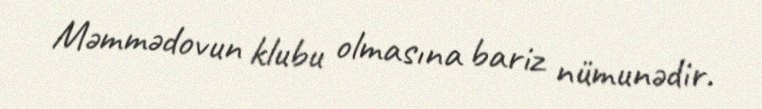
Məmmədovun klubu olmasına bariz nümunədir.